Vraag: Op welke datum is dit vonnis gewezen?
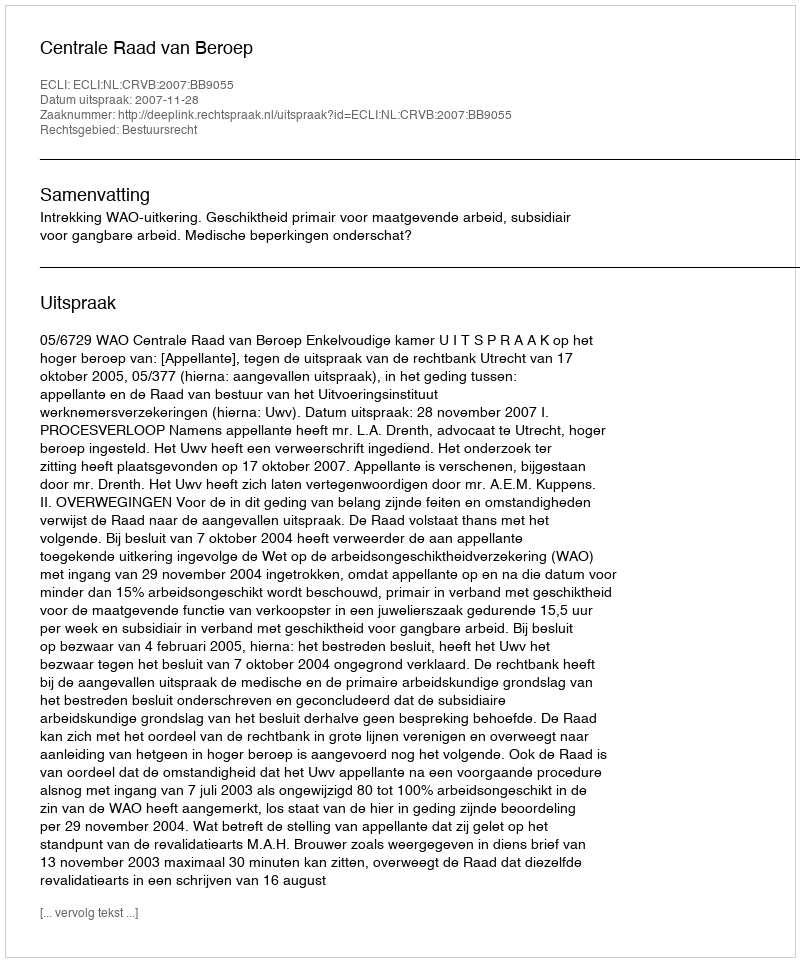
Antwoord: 2007-11-28